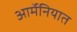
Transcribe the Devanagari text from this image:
आर्मेनियात